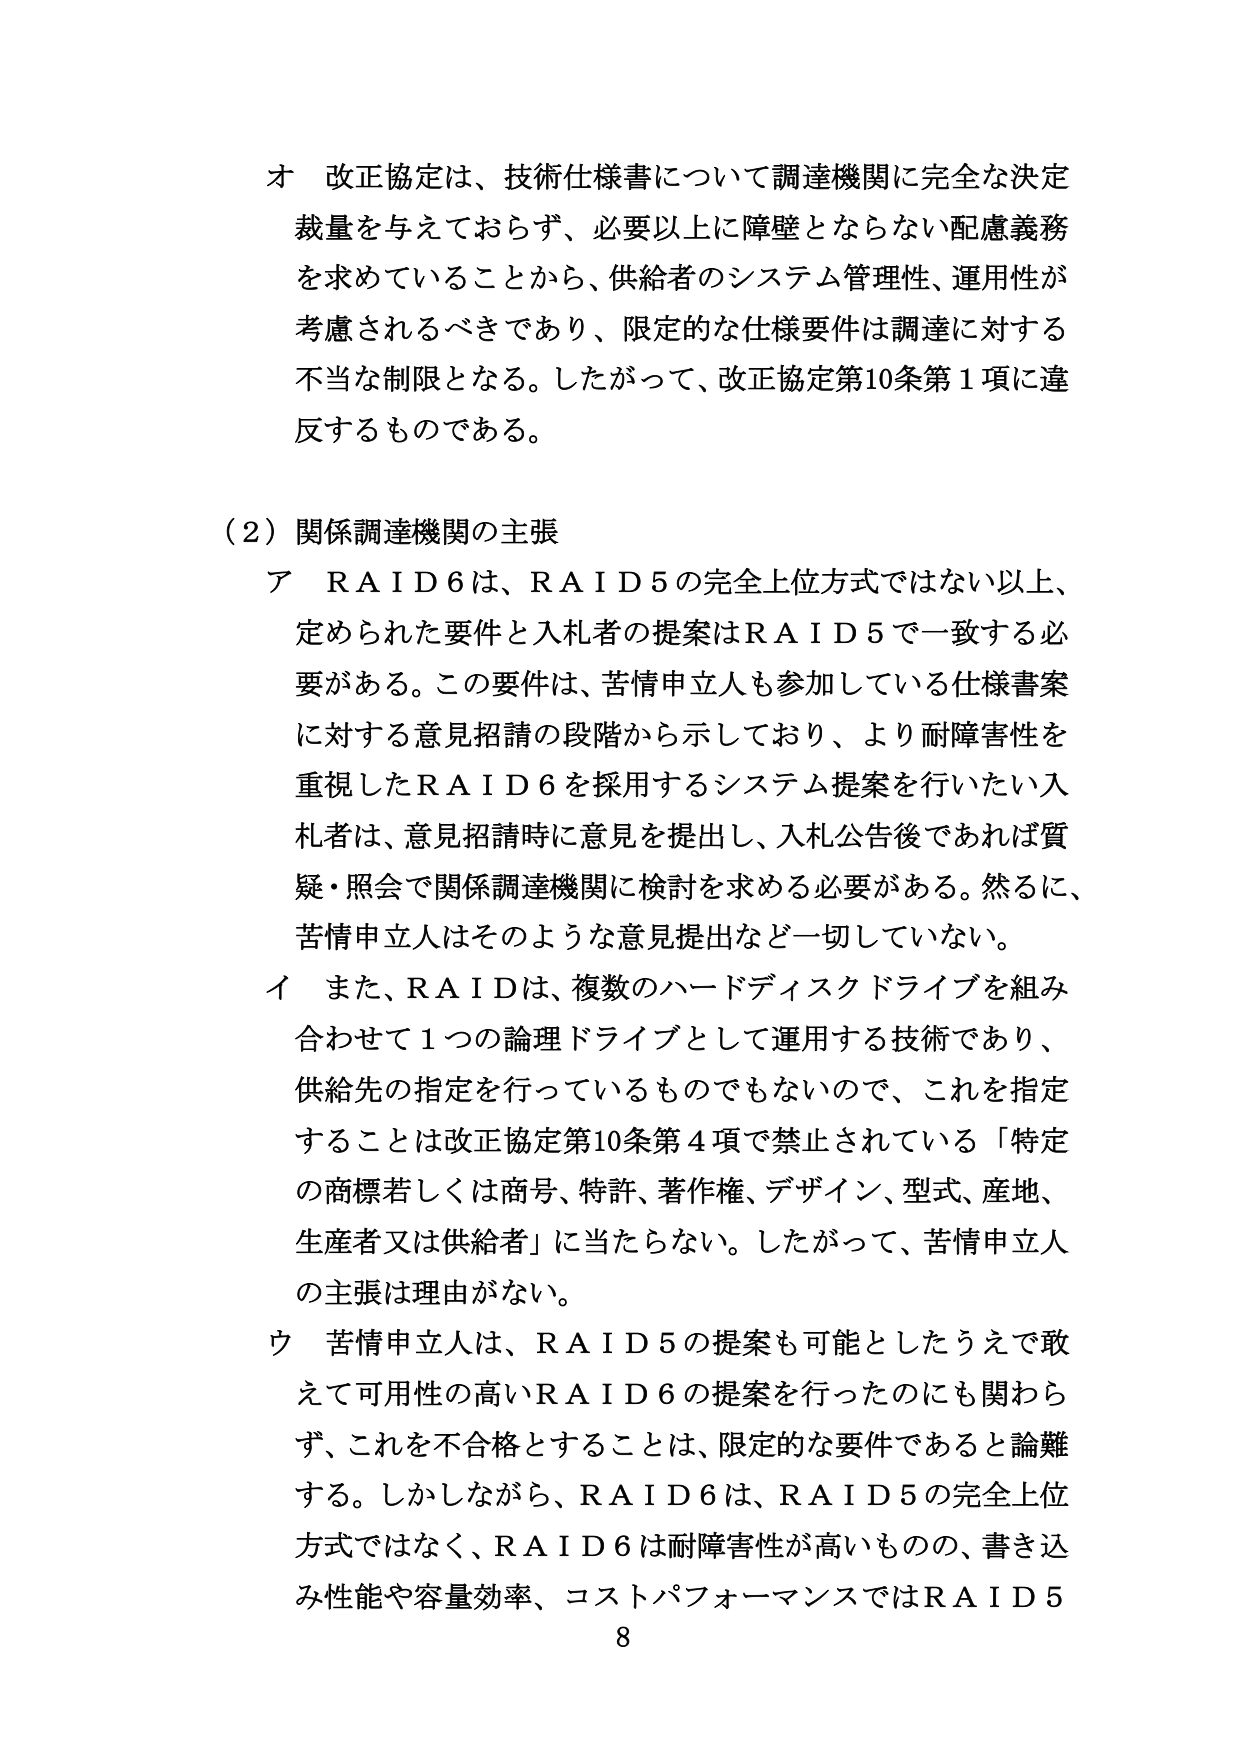
オ 改正協定は、技術仕様書について調達機関に完全な決定
裁量を与えておらず、必要以上に障壁とならない配慮義務
を求めていることから、供給者のシステム管理性、運用性が
考慮されるべきであり、限定的な仕様要件は調達に対する
不当な制限となる。したがって、改正協定第10条第1項に違
反するものである。

（2）関係調達機関の主張
ア RAID6は、RAID5の完全上位方式ではない以上、
定められた要件と入札者の提案はRAID5で一致する必
要がある。この要件は、苦情申立人も参加している仕様書案
に対する意見招請の段階から示しており、より耐障害性を
重視したRAID6を採用するシステム提案を行いたい入
札者は、意見招請時に意見を提出し、入札公告後であれば質
疑・照会で関係調達機関に検討を求める必要がある。然るに、
苦情申立人はそのような意見提出など一切していない。
イ また、RAIDは、複数のハードディスクドライブを組み
合わせて1つの論理ドライブとして運用する技術であり、
供給先の指定を行っているものでもないので、これを指定
することは改正協定第10条第4項で禁止されている「特定
の商標若しくは商号、特許、著作権、デザイン、型式、産地、
生産者又は供給者」に当たらない。したがって、苦情申立人
の主張は理由がない。
ウ 苦情申立人は、RAID5の提案も可能としたうえで敢
えて可用性の高いRAID6の提案を行ったのにも関わら
ず、これを不合格とすることは、限定的な要件であると論難
する。しかしながら、RAID6は、RAID5の完全上位
方式ではなく、RAID6は耐障害性が高いものの、書き込
み性能や容量効率、コストパフォーマンスではRAID5
8